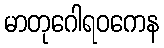
မာတုဂေါရဝကေန